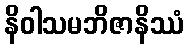
နိဝါသမဘိဇာနိဿံ